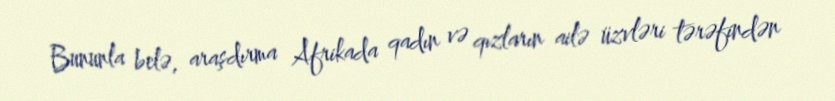
Bununla belə, araşdırma Afrikada qadın və qızların ailə üzvləri tərəfindən